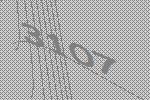
3107